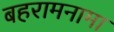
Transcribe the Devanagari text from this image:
बहरामनामा